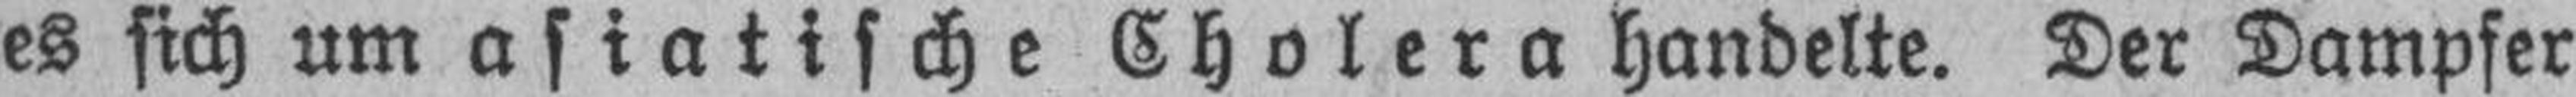
es sich um asiatische Cholera handelte. Der Dampfer